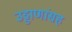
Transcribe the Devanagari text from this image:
उड्डाणांसह